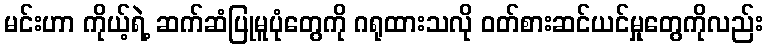
မင်းဟာ ကိုယ့်ရဲ့ ဆက်ဆံပြုမူပုံတွေကို ဂရုထားသလို ဝတ်စားဆင်ယင်မှုတွေကိုလည်း